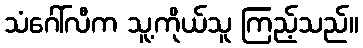
သံဂေါ်လီက သူ့ကိုယ်သူ ကြည့်သည်။